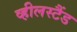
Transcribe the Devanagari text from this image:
व्हीलस्टैंड